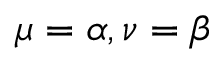
\mu = \alpha , \nu = \beta